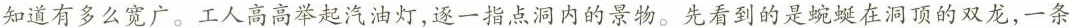
知道有多么宽广。工人高高举起汽油灯，逐一指点洞内的景物。先看到的是蜿蜒在洞顶的双龙，一条